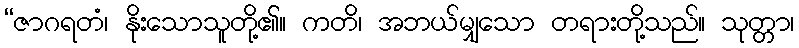
“ဇာဂရတံ၊ နိုးသောသူတို့၏။ ကတိ၊ အဘယ်မျှသော တရားတို့သည်။ သုတ္တာ၊